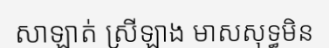
សាឡាត់ ស្រីឡាង មាសសុទ្ធមិន